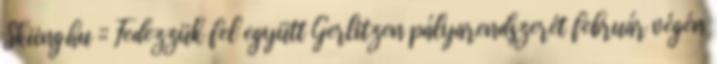
Skiing.hu :: Fedezzük fel együtt Gerlitzen pályarendszerét február végén